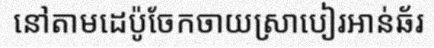
នៅតាមដេប៉ូចែកចាយស្រាបៀរអាន់ឆ័រ